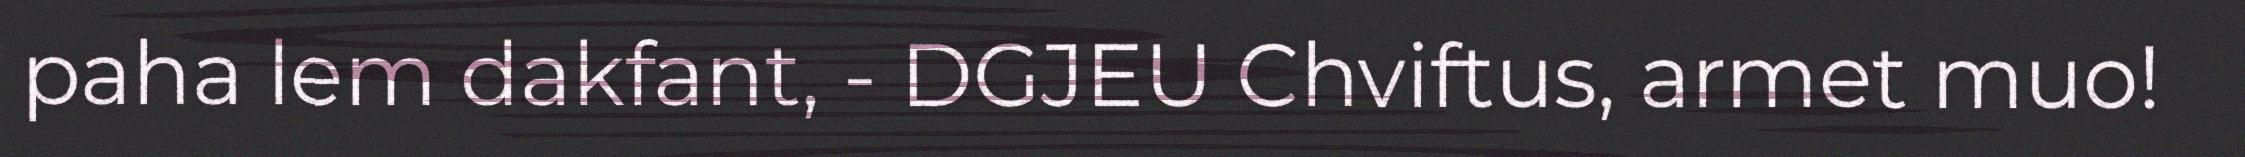
paha lem dakfant, - DGJEU Chviftus, armet muo!